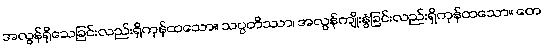
အလွန်ရိုသေခြင်းလည်းရှိကုန်ထသော။ သပ္ပတိဿာ၊ အလွန်ကျိုးနွံခြင်းလည်းရှိကုန်ထသော။ တေ